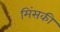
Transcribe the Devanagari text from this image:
मिंसकी